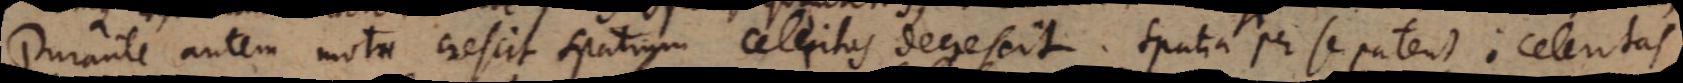
Durante autem motu crescit spatium celeritas decrescit. Spatia per se patent; celeritas